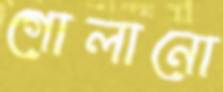
গোলানো